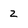
Character: 2